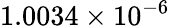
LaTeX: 1.0034\times 10^{-6}